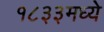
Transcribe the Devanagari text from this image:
१८३३मध्ये